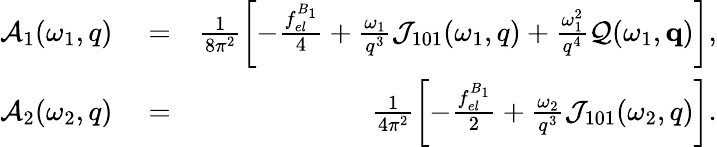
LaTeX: \begin{array}{rlr}{{\cal A}_{1}(\omega_{1},q)}&{{}=}&{\frac{1}{8\pi^{2}}\left[-\frac{f_{el}^{B_{1}}}{4}+\frac{\omega_{1}}{q^{3}}{\cal J}_{101}(\omega_{1},q)+\frac{\omega_{1}^{2}}{q^{4}}{\cal Q}(\omega_{1},\mathbf{q})\right],}\\ {{\cal A}_{2}(\omega_{2},q)}&{{}=}&{\frac{1}{4\pi^{2}}\left[-\frac{f_{el}^{B_{1}}}{2}+\frac{\omega_{2}}{q^{3}}{\cal J}_{101}(\omega_{2},q)\right].}\end{array}